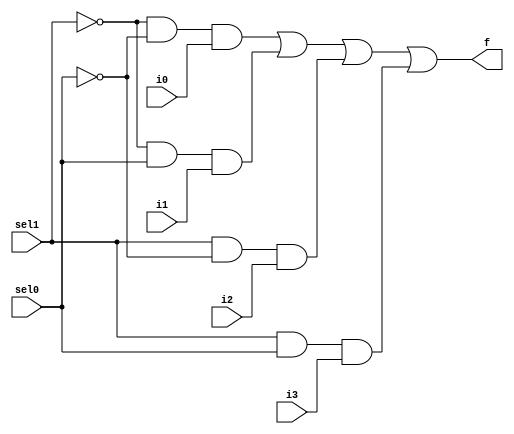
//arithmatic unit
module Mux4to1(sel0, sel1, i0, i1, i2, i3, f);

input sel0, sel1, i0, i1, i2, i3;
output f;
wire w0, w1, w2, w3, nsel1, nsel0;

not(nsel1, sel1);
not(nsel0, sel0);

and(w0, nsel1, nsel0, i0);
and(w1, nsel1, sel0, i1);
and(w2, sel1, nsel0, i2);
and(w3, sel1, sel0, i3);
or(f, w0, w1, w2, w3);

endmodule

module mux4to1x8(sel0, sel1, i0, i1, i2, i3, f);

input sel0, sel1;
input [7:0]i0, i1, i2, i3;
output [7:0]f;

Mux4to1 mux0(.sel0(sel0), .sel1(sel1), .i0(i0[0]), .i1(i1[0]), .i2(i2[0]), .i3(i3[0]), .f(f[0]));
Mux4to1 mux1(.sel0(sel0), .sel1(sel1), .i0(i0[1]), .i1(i1[1]), .i2(i2[1]), .i3(i3[1]), .f(f[1]));
Mux4to1 mux2(.sel0(sel0), .sel1(sel1), .i0(i0[2]), .i1(i1[2]), .i2(i2[2]), .i3(i3[2]), .f(f[2]));
Mux4to1 mux3(.sel0(sel0), .sel1(sel1), .i0(i0[3]), .i1(i1[3]), .i2(i2[3]), .i3(i3[3]), .f(f[3]));
Mux4to1 mux4(.sel0(sel0), .sel1(sel1), .i0(i0[4]), .i1(i1[4]), .i2(i2[4]), .i3(i3[4]), .f(f[4]));
Mux4to1 mux5(.sel0(sel0), .sel1(sel1), .i0(i0[5]), .i1(i1[5]), .i2(i2[5]), .i3(i3[5]), .f(f[5]));
Mux4to1 mux6(.sel0(sel0), .sel1(sel1), .i0(i0[6]), .i1(i1[6]), .i2(i2[6]), .i3(i3[6]), .f(f[6]));
Mux4to1 mux7(.sel0(sel0), .sel1(sel1), .i0(i0[7]), .i1(i1[7]), .i2(i2[7]), .i3(i3[7]), .f(f[7]));

endmodule

module fulladder(x, y, cin, cout, sum);

input x, y, cin;
output cout, sum;
wire w1, w2, w3;

xor(sum, x, y, cin);
and(w1, x, y);
and(w2, y, cin);
and(w3, x, cin);
or(cout, w1, w2, w3);

endmodule

module fulladderx8(x, y, cin, cout, sum);


input [7:0]x, y;
input cin;
output cout;
output [7:0]sum;
wire c0, c1, c2, c3, c4, c5, c6;

fulladder f0(.x(x[0]), .y(y[0]), .cin(cin), .cout(c0), .sum(sum[0]));
fulladder f1(.x(x[1]), .y(y[1]), .cin(c0), .cout(c1), .sum(sum[1]));
fulladder f2(.x(x[2]), .y(y[2]), .cin(c1), .cout(c2), .sum(sum[2]));
fulladder f3(.x(x[3]), .y(y[3]), .cin(c2), .cout(c3), .sum(sum[3]));
fulladder f4(.x(x[4]), .y(y[4]), .cin(c3), .cout(c4), .sum(sum[4]));
fulladder f5(.x(x[5]), .y(y[5]), .cin(c4), .cout(c5), .sum(sum[5]));
fulladder f6(.x(x[6]), .y(y[6]), .cin(c5), .cout(c6), .sum(sum[6]));
fulladder f7(.x(x[7]), .y(y[7]), .cin(c6), .cout(cout), .sum(sum[7]));

endmodule

module arithmatic_unit(sel0, sel1, x, y, cin, cout, f);

input [7:0]x, y;
input sel0, sel1, cin;
output [7:0]f;
output cout;
wire c0, c1, ncin, c2, c3;
wire [7:0]ny, s0, s1, s2, s3;

not(ncin, cin);
not(ny[0], y[0]);
not(ny[1], y[1]);
not(ny[2], y[2]);
not(ny[3], y[3]);
not(ny[4], y[4]);
not(ny[5], y[5]);
not(ny[6], y[6]);
not(ny[7], y[7]);

fulladderx8 f12(.x(x), .y(8'b00000000), .cin(cin), .cout(c0), .sum(s0));
fulladderx8 f34(.x(x), .y(y), .cin(cin), .cout(c1), .sum(s1));
fulladderx8 f56(.x(x), .y(ny), .cin(ncin), .cout(c2), .sum(s2));
fulladderx8 f78(.x(x), .y(8'b11111111), .cin(cin), .cout(c3), .sum(s3));

mux4to1x8 muxx8(.sel0(sel0), .sel1(sel1), .i0(s0), .i1(s1), .i2(s2), .i3(s3), .f(f));
Mux4to1 muxx1(.sel0(sel0), .sel1(sel1), .i0(c0), .i1(c1), .i2(c2), .i3(c3), .f(cout));

endmodule

module testArithmatic();
reg ci, s1, s0;
  reg [7:0] a,b;
  wire co;
  wire [7:0] f;
  
arithmatic_unit arth(.sel0(s0), .sel1(s1), .x(a), .y(b), .cin(ci), .cout(co), .f(f));


  initial begin
    $monitor("x=%d y=%d sel1 =%b sel0 =%b cin=%b==> f=%d  cout=%b " ,a,b, s1, s0, ci, f,co);
    a=8'b00100100; b=8'b00011000; {s1, s0, ci} = 3'b000; 
    #10
     {s1, s0, ci} = 3'b001;
    #10
     {s1, s0, ci} = 3'b010;
    #10
     {s1, s0, ci} = 3'b011;
    #10
    {s1, s0, ci} = 3'b100;
    #10
    {s1, s0, ci} = 3'b101;
    #10
     {s1, s0, ci} = 3'b110;
    #10
    {s1, s0, ci} = 3'b111;
 end
 endmodule